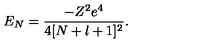
E _ { N } = \frac { - Z ^ { 2 } e ^ { 4 } } { 4 [ N + l + 1 ] ^ { 2 } } .